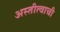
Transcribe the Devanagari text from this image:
अस्तीत्वाची